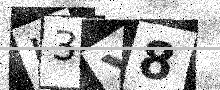
Text: I3X8